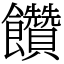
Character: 饡